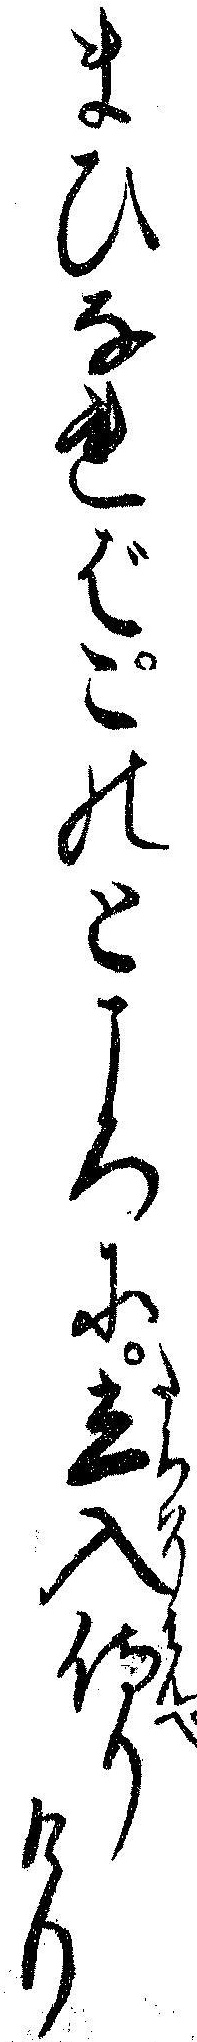
まひなればこのところに立入侍りけり